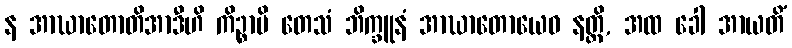
န အာဃာတောတိအာဒီဟိ ကိဉ္စာပိ တေသံ ဘိက္ခူနံ အာဃာတောယေဝ နတ္ထိ, အထ ခေါ အာယတိံ